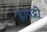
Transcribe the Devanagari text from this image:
हायद्री